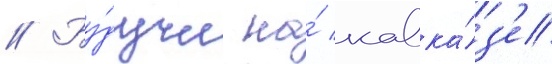
// Бу́дучи на́ кавка́з'е